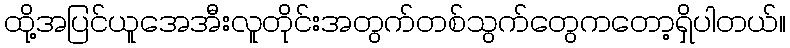
ထို့အပြင်ယူအေအီးလူတိုင်းအတွက်တစ်သွက်တွေကတော့ရှိပါတယ်။